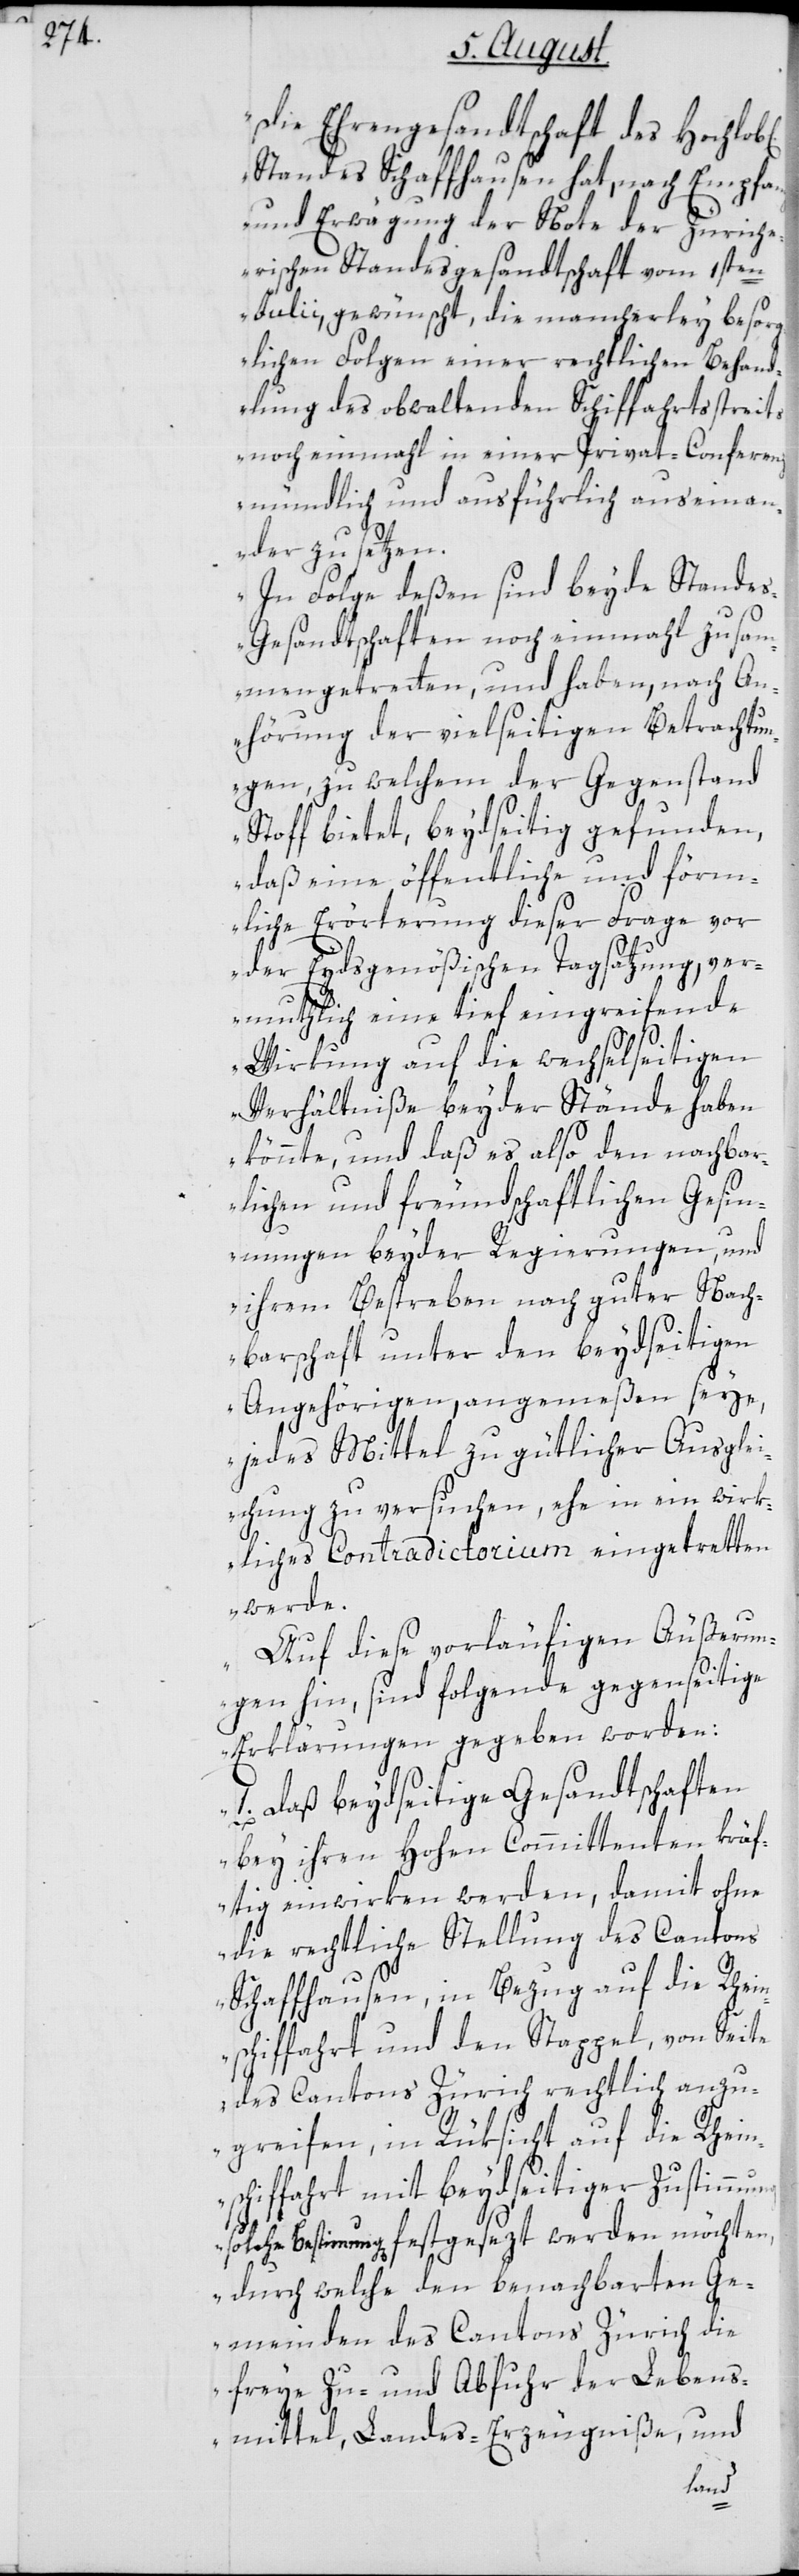
b[li¬

„Die Ehrengesandtschaft des Hochlo¬
Standes Schaffhausen hat, nach Empfang
und Erwägung der Note der Zürich¬
erischen Standesgesandtschaft vom 1sten
Julii gewünscht, die mancherley besorg¬
lichen Folgen einer rechtlichen Behand¬
lung des obwaltenden Schiffahrtsstreits
noch einmahl in einer Privat-Conferenz
mündlich und ausführlich auseinan¬
der zu setzen.
In Folge deßen sind beyde Stande¬
s-Gesandtschaften noch einmahl zusam¬
mengetretten, und haben, nach An¬
hörung der vielseitigen Betrachtun¬
gen, zu welchem der Gegenstand
Stoff bietet, beydseitig gefunden,
daß eine öffentliche und förm¬
liche Erörterung dieser Frage vor
der Eydsgenößischen Tagsatzung, ver¬
muthlich eine tief eingreifende
Wirkung auf die wechselseitigen
Verhältniße beyder Stände haben
könnte, und daß es also den nachbar¬
lichen und freundschaftlichen Gesin¬
nungen beyder Regierungen, und
ihrem Bestreben nach guter Nach¬
barschaft unter den beydseitigen
Angehörigen, angemeßen seye,
jedes Mittel zu gütlicher Ausglei¬
chung zu versuchen, ehe in ein wirk¬
liches Contradictorium eingetretten
werde.
Auf diese vorläufigen Äußerun¬
gen hin, sind folgende gegenseitige
Erklärungen gegeben worden:
1. Daß beydseitige Gesandtschaften
bey ihren Hohen Committenten kräf¬
tig einwirken werden, damit ohne
die rechtliche Stellung des Cantons
Schaffhausen, in Bezug auf die Rhein¬
schiffahrt und den Stappel, von Seite
des Cantons Zürich rechtlich anzu¬
greifen, in Rüksicht auf die Rhein¬
schiffahrt mit beydseitiger Zustimm¬
solche Bestimmung[en] festgesezt werden möchten,
durch welche den benachbarten Ge¬
meinden des Cantons Zürich die
freye Zu- und Abfuhr der Lebens¬
mittel, Landes-Erzeugniße, und
ung